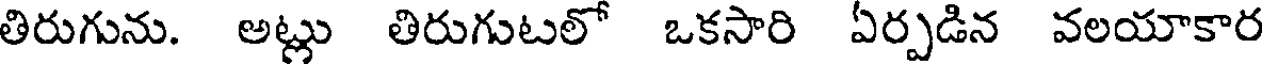
తిరుగును. అట్లు తిరుగుటలో ఒకసారి ఏర్పడిన వలయాకార